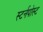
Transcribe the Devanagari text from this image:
स्टर्नपोस्ट